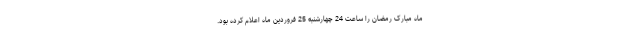
ماه مبارک رمضان را ساعت 24 چهارشنبه 25 فروردین ماه اعلام کرده بود.